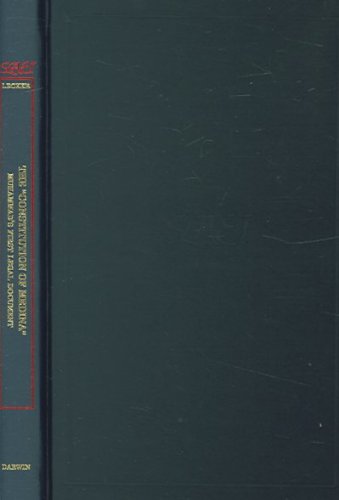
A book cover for Constitution of Medina: Studies in Late Antiquity and Early Islam, Vol. 23; Michael Lecker; History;